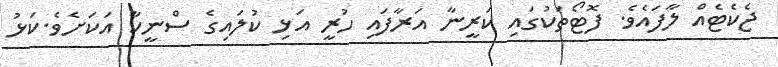
ޖެކެޓެއް ލާފައެވެ. ފޮޓޯތަކުގައި ކަރީނާ އަރާފައި ހުރީ އަޅި ކުލައިގެ ސްނީކާ އަކަށެވެ.ކަޅު